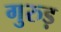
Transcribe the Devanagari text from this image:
गुरुड़